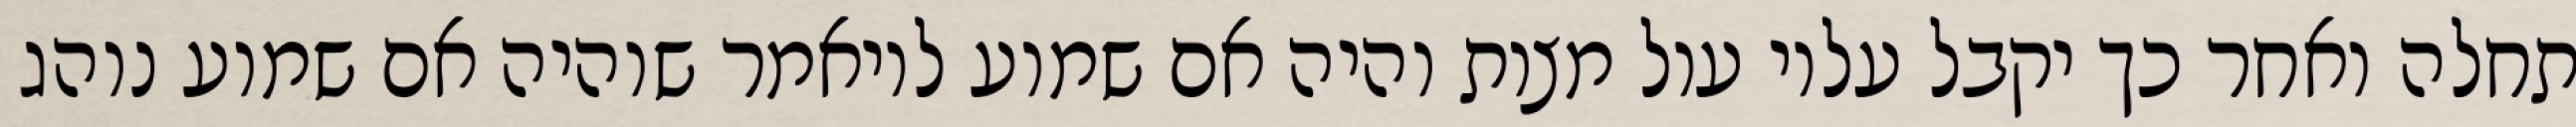
תחלה ואחר כך יקבל עליו עול מצות והיה אם שמוע לויאמר שוהיה אם שמוע נוהג